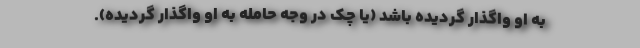
به او واگذار گردیده باشد (یا چک در وجه حامله به او واگذار گردیده).